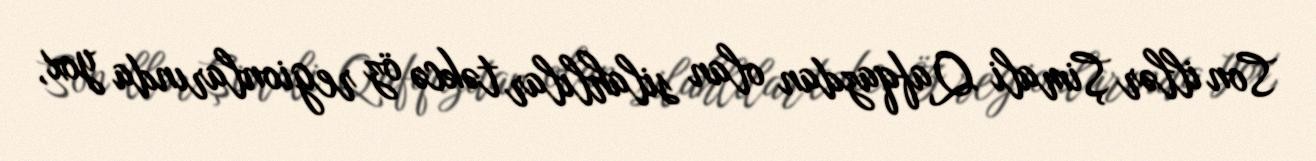
Son illər Şimali Qafqazdan olan silahlılar təkcə öz regionlarında yox,